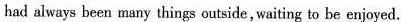
had always heen mury things autside, waiting to be enjoyed.